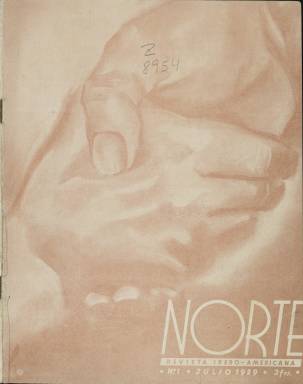
Título: Norte (París)
Colección: Revistas de información general || Política
Ámbito geográfico: Francia
Lugar de publicación: París
Fechas: 01/07/1939-31/10/1939